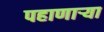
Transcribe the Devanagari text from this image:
पहाणार्‍या